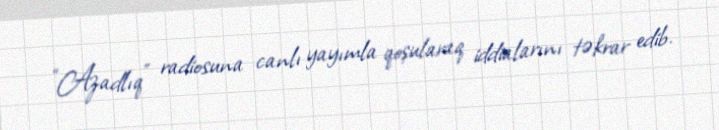
“Azadlıq” radiosuna canlı yayımla qoşularaq iddialarını təkrar edib.